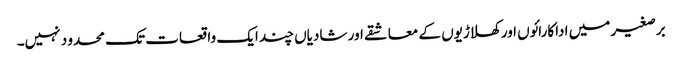
برصغیر میں اداکارائوں اور کھلاڑیوں کے معاشقے اور شادیاں چند ایک واقعات تک محدو د نہیں۔